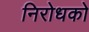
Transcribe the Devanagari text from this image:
निरोधको